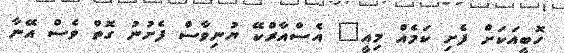
ހޮބީއަކަށް ފެށި ކަމެއް މިއީ" އެސްއާރްކޭ ޔުނިވާސް ފެށުނު ގޮތް ވެސް އޭނާ